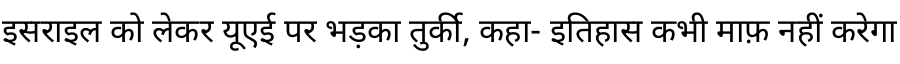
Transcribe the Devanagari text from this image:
इसराइल को लेकर यूएई पर भड़का तुर्की, कहा- इतिहास कभी माफ़ नहीं करेगा